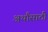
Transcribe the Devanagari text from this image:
अर्थांसाठी